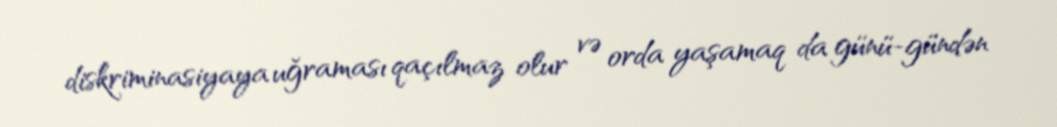
diskriminasiyaya uğraması qaçılmaz olur və orda yaşamaq da günü-gündən